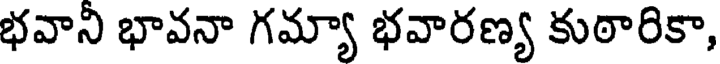
భవాని భావనా గమ్యా భవారణ్య కుఠారికా,